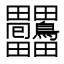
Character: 𤴒